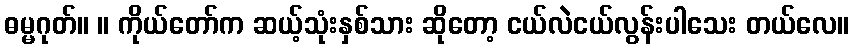
ဓမ္မဂုတ်။ ။ ကိုယ်တော်က ဆယ့်သုံးနှစ်သား ဆိုတော့ ငယ်လဲငယ်လွန်းပါသေး တယ်လေ။